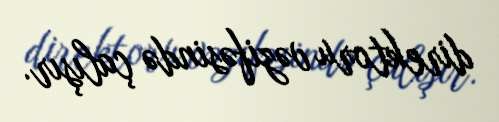
direktoru vəzifəsində çalışır.